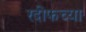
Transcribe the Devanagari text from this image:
रदीफच्या